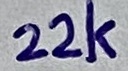
Text: 22k